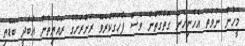
މީހުން ނުވަތަ އެހެނިހެން ގޮތްގޮތުން ވެސް ފާހަގަކުރެވޭ ރަށްރަށުގެ ރައްޔިތުން އާބާދީ ބޮޑެތި